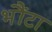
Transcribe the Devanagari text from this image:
भौंटा